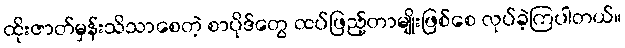
ထိုးဇာတ်မှန်းသိသာစေတဲ့ စာပိုဒ်တွေ ထပ်ဖြည့်တာမျိုးဖြစ်စေ လုပ်ခဲ့ကြပါတယ်။